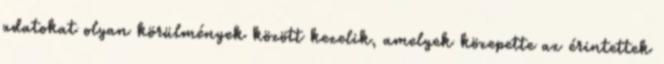
adatokat olyan körülmények között kezelik, amelyek közepette az érintettek